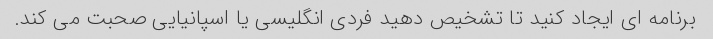
برنامه ای ایجاد کنید تا تشخیص دهید فردی انگلیسی یا اسپانیایی صحبت می کند.